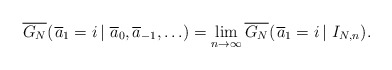
\begin{align*} \overline{G_N} (\left.\overline{a}_1 = i\,\right| \,\overline{a}_0, \overline{a}_{-1}, \ldots) = \lim_{n \rightarrow \infty}\overline{G_N} (\left.\overline{a}_1 = i\,\right| \,I_{N,n}).\end{align*}